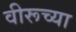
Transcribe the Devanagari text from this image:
वीरूच्या